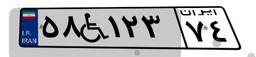
۵۸W۱۲۳۷۴